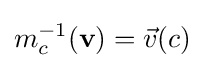
m_{c}^{-1}({\textbf {v}})={\vec {v}}(c)